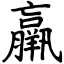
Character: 羸